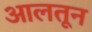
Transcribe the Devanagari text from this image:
आलतून